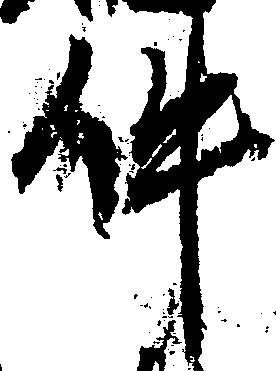
件